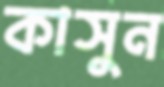
কাসুন